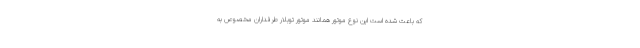
که باعث شده است این نوع موتور همانند موتور توبلار طرفداران مخصوص به